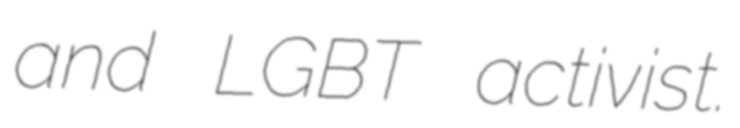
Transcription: and LGBT activist.